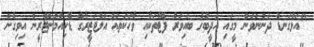
"އަޅުގަނޑު ދަންނަވަން މީގައި އަދީބުގެ ބައިވަރު ފޮޓާތަކާއި ވާހަކަތައް އަލްޖަޒީރާގެ ޑޮކިއުމަންޓްރީން އިވިގެން